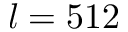
l = 5 1 2